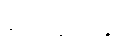
လေဆိပ်နှင့်